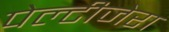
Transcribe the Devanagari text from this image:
पेल्टीजेरा